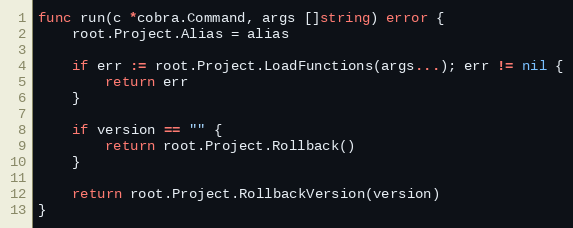
Language: Go
func run(c *cobra.Command, args []string) error {
	root.Project.Alias = alias

	if err := root.Project.LoadFunctions(args...); err != nil {
		return err
	}

	if version == "" {
		return root.Project.Rollback()
	}

	return root.Project.RollbackVersion(version)
}